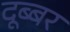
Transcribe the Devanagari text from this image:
दूब्बर